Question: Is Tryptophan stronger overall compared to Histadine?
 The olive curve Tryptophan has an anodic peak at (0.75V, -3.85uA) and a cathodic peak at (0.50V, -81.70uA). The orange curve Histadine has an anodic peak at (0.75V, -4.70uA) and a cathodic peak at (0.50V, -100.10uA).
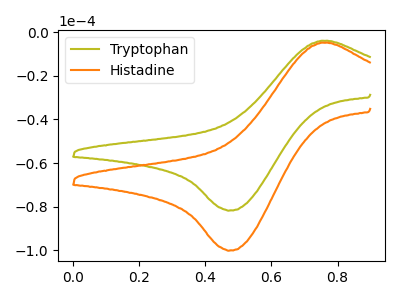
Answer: <think>All the peaks in "Tryptophan" have a peak in "Histadine" at the same potential.
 </think>
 <answer>I cant tell if "Tryptophan" or "Histadine" has more signal.</answer>
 <eval>mixed_signal</eval>